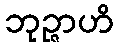
ဘုဉ္ဇာဟိ